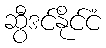
ဆွီဒင်နိုင်ငံ